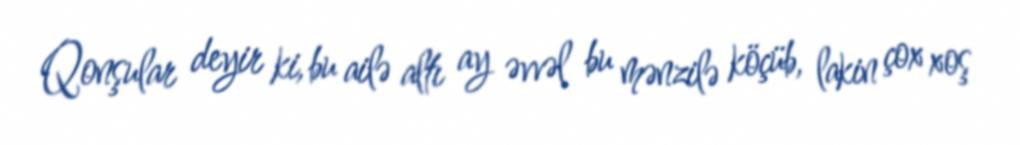
Qonşular deyir ki, bu ailə altı ay əvvəl bu mənzilə köçüb, lakin çox xoş